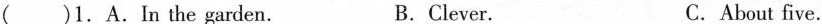
( )1.A.In the garden. B.Clever. C.About five.